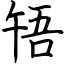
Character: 啎